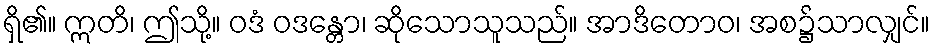
ရှိ၏။ ဣတိ၊ ဤသို့။ ဝဒံ ဝဒန္တော၊ ဆိုသောသူသည်။ အာဒိတောဝ၊ အစ၌သာလျှင်။